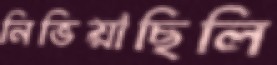
নিভিয়াছিলি